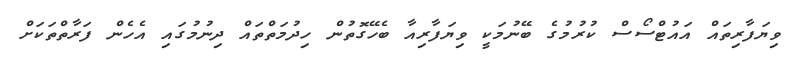
ވިޔަފާރިތައް އައުޓްސޯސް ކުރުމުގެ ބޭނުމަކީ ވިޔަފާރިއާ ބެހޭގޮތުން ހިދުމަތްތައް ދިނުމުގައި އެހެން ފަރާތްތަކަށް